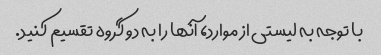
با توجه به لیستی از موارد، آنها را به دو گروه تقسیم کنید.